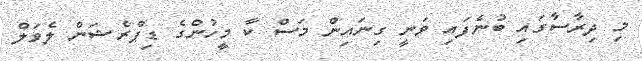
މި ދިރާސާގައި ބުނެފައި ވަނީ ގިނައިން މަސް ކާ މީހުންގެ ޑިޕްރެޝަން ލެވަލް